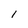
Character: l